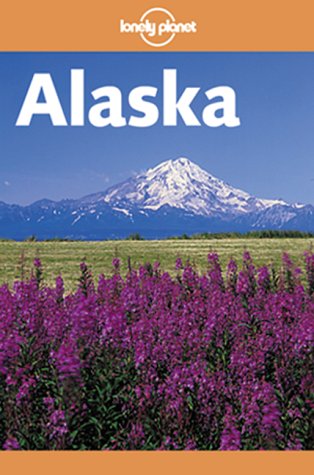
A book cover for Lonely Planet Alaska (Alaska, 6th ed); Jim Dufresne; Travel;